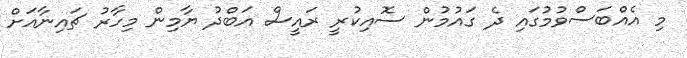
މި އެއްބަސްވުމުގައި ދެ ގައުމުން ސޮއިކުރީ ރައީސް އަބްދު ޔާމިން މިހާރު ޗައިނާއަށް